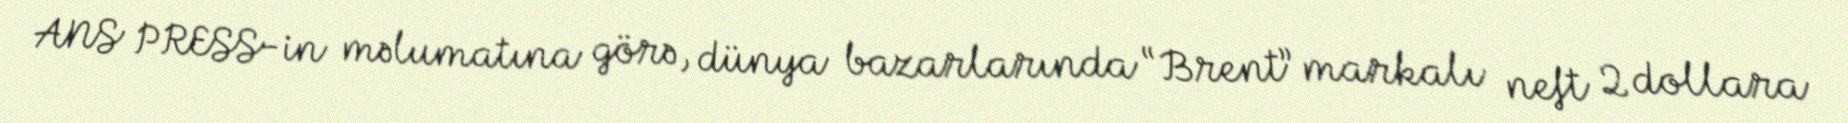
ANS PRESS-in məlumatına görə, dünya bazarlarında “Brent” markalı neft 2 dollara